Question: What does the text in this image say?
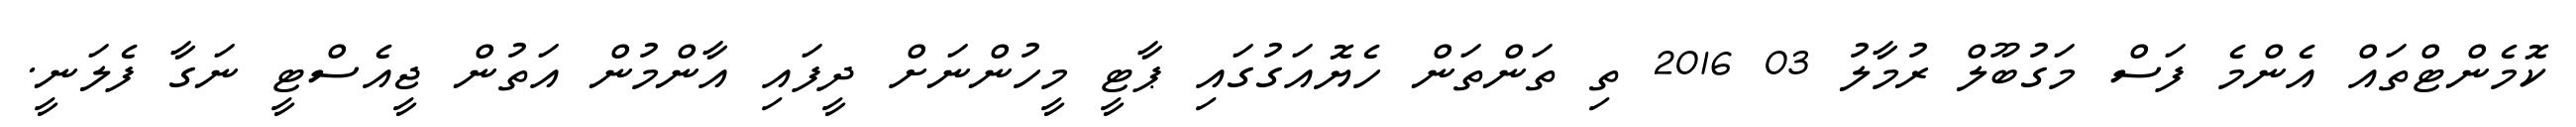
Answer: ކޮމެންޓްތައް އެންމެ ފަސް މަގުބޫލް ރުމާލު 03 2016 ތި ތަންތަން ހެޔޮއަގުގައި ޕާޓީ މީހުންނަށް ދީފައި އާންމުން އަތުން ޖީއެސްޓީ ނަގާ ފެލަނީ.